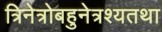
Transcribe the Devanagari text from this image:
त्रिनेत्रोबहुनेत्रश्यतथा